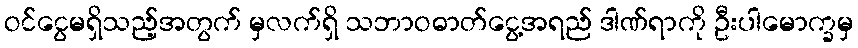
ဝင်ငွေမရှိသည့်အတွက် မှလက်ရှိ သဘာဝဓာတ်ငွေ့အရည် ဒါဏ်ရာကို ဦးပါမောက္ခမှ